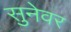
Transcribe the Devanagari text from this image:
सुनेवर